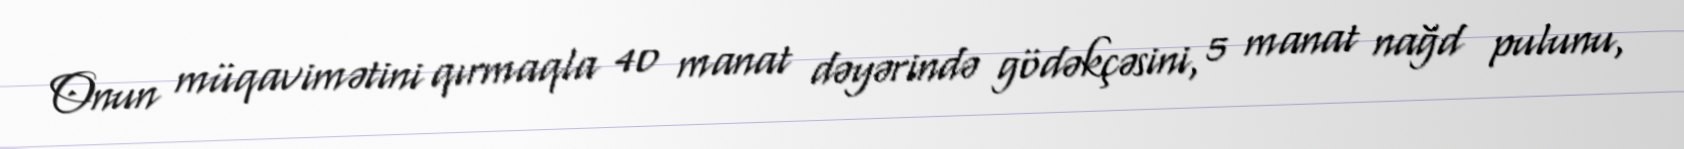
Onun müqavimətini qırmaqla 40 manat dəyərində gödəkçəsini, 5 manat nağd pulunu,